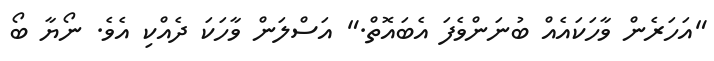
"އަހަރެން ވާހަކައެއް ބުނަންވެފަ އެބައޮތް." އަސްލަން ވާހަކަ ދެއްކި އެވެ. ނޯޔާ ބޯ